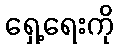
ရှေ့ရေးကို